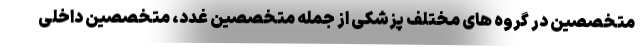
متخصصین در گروه های مختلف پزشکی از جمله متخصصین غدد، متخصصین داخلی